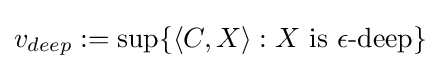
v_{deep}:=\sup\{\langle C,X\rangle :X{\text{ is }}\epsilon {\text{-deep}}\}